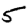
Digit: 5